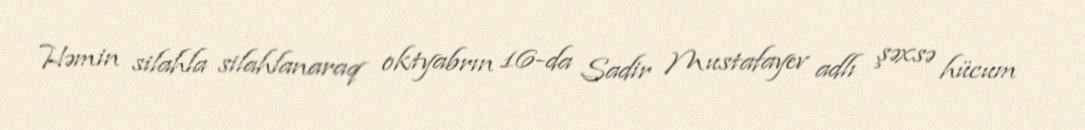
Həmin silahla silahlanaraq oktyabrın 16-da Sadir Mustafayev adlı şəxsə hücum